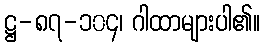
ဋ္ဌ-၈၇-၁၀၄၊ ဂါထာများပါ၏။